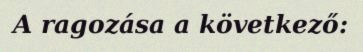
A ragozása a következő: